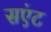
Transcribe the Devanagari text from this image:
सएंट